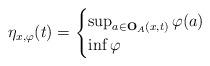
LaTeX: \begin{align*} \eta_{x,\varphi}(t)= \begin{cases} \sup_{{a}\in \mathbf{O}_A({x},t)}\varphi({a}) &\\ \inf \varphi & \end{cases}\end{align*}